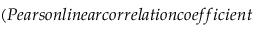
( P e a r s o n l i n e a r c o r r e l a t i o n c o e f f i c i e n t